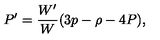
P ^ { \prime } = \frac { W ^ { \prime } } { W } ( 3 p - \rho - 4 P ) ,